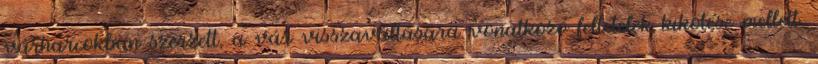
várharcokban szerzett, a vár visszaváltására vonatkozó feltételek kikötése mellett.